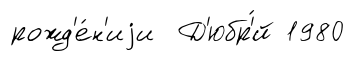
рожд'е́н'иjи Д'юбр'́й 1980